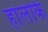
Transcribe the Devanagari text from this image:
हांलंकि